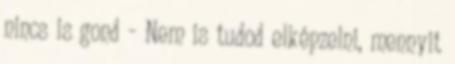
nincs is gond - Nem is tudod elképzelni, mennyit